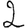
Digit: 2